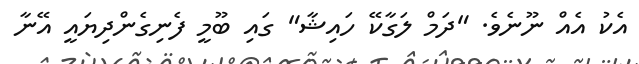
އެކު އެއް ނޫނެވެ. "ދަމް ލަގާކޭ ހައިޝާ" ގައި ބޫމީ ފެނިގެންދިޔައީ އޭނާ